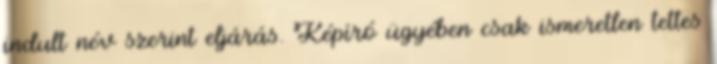
indult név szerint eljárás. Képíró ügyében csak ismeretlen tettes